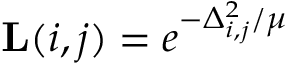
\mathbf { L } ( i , j ) = e ^ { - \Delta _ { i , j } ^ { 2 } / \mu }